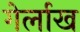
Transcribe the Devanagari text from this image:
गेर्लाख